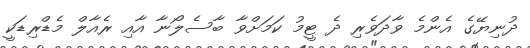
ދުނިޔޭގެ އެންމެ ވާދަވެރި ދެ ޓީމު ކަމަށްވާ ބާސެލޯނާ އާއި ރެއާލް މެޑްރިޑަކީ